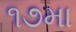
૧૭મા